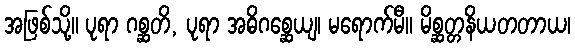
အဖြစ်သို့။ ပုရာ ဂစ္ဆတိ, ပုရာ အဓိဂစ္ဆေယျ၊ မရောက်မီ။ မိစ္ဆတ္တနိယတတာယ၊